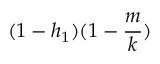
( 1 - h _ { 1 } ) ( 1 - \frac { m } { k } )